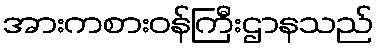
အားကစားဝန်ကြီးဌာနသည်